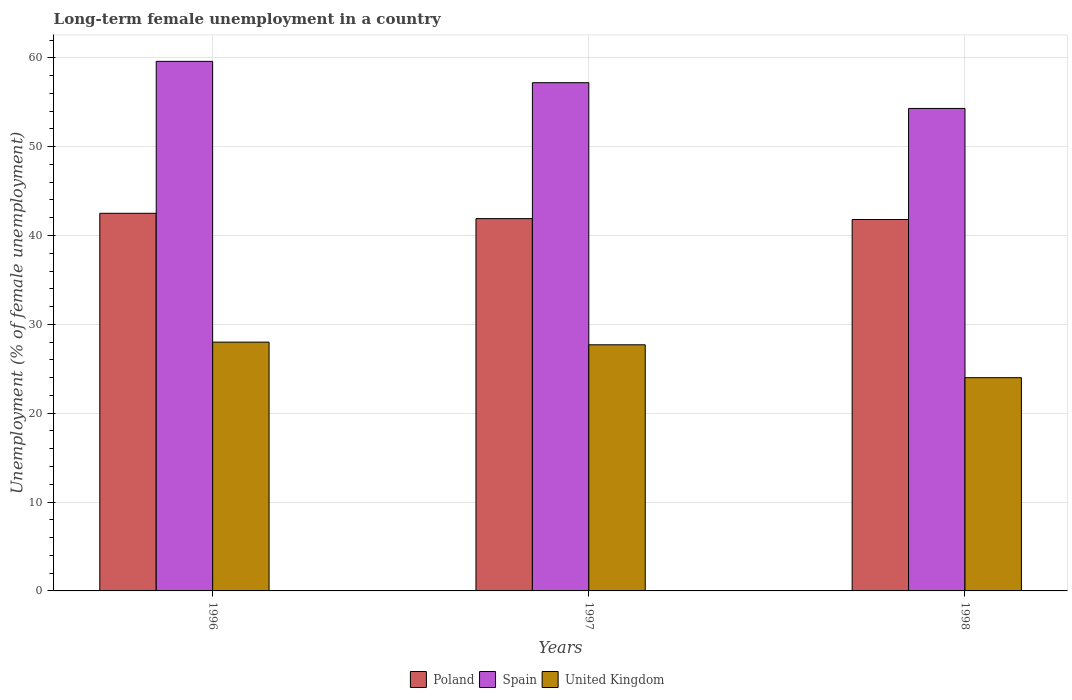
| Years | Poland | Spain | United Kingdom |
 | --- | --- | --- | --- |
 | 1996 | 42.5 | 59.6 | 28 |
 | 1997 | 41.9 | 57.2 | 27.7 |
 | 1998 | 41.8 | 54.3 | 24 |